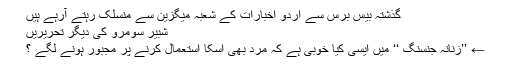
گذشتہ بیس برس سے اردو اخبارات کے شعبہ میگزین سے منسلک رہتے آرہے ہیں
شبیر سومرو کی دیگر تحریریں
← ’’زنانہ جنسنگ ‘‘ میں ایسی کیا خوبی ہے کہ مرد بھی اسکا استعمال کرنے پر مجبور ہونے لگے ؟